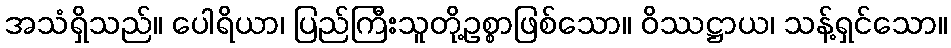
အသံရှိသည်။ ပေါရိယာ၊ ပြည်ကြီးသူတို့ဥစ္စာဖြစ်သော။ ဝိဿဋ္ဌာယ၊ သန့်ရှင်သော။